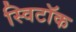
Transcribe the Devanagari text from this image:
स्विटॉक